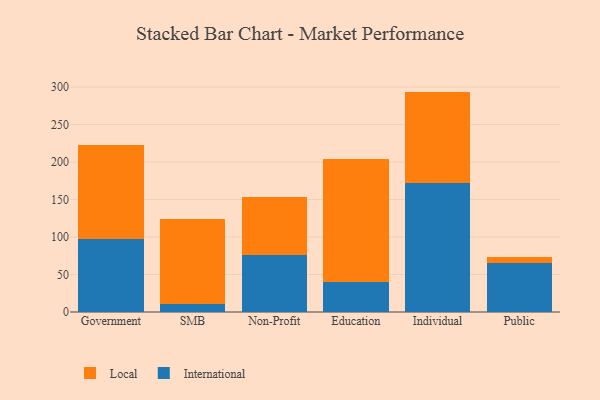
{"axis": {"x": "Segment", "y": "Market Share (%)"}, "legend": ["International", "Local"], "data": [{"x": "Government", "y": 98.0, "type": "International"}, {"x": "Government", "y": 124.3, "type": "Local"}, {"x": "SMB", "y": 10.7, "type": "International"}, {"x": "SMB", "y": 114.0, "type": "Local"}, {"x": "Non-Profit", "y": 75.4, "type": "International"}, {"x": "Non-Profit", "y": 77.5, "type": "Local"}, {"x": "Education", "y": 40.5, "type": "International"}, {"x": "Education", "y": 163.0, "type": "Local"}, {"x": "Individual", "y": 171.5, "type": "International"}, {"x": "Individual", "y": 122.5, "type": "Local"}, {"x": "Public", "y": 65.8, "type": "International"}, {"x": "Public", "y": 7.7, "type": "Local"}]}